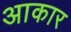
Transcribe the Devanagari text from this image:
अाकार